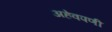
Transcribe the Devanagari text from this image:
अहेवपणी